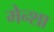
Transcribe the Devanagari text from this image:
मेन्शा